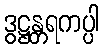
ဒွဋ္ဌန္တရကပ္ပါ